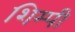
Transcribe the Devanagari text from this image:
शिम्पी